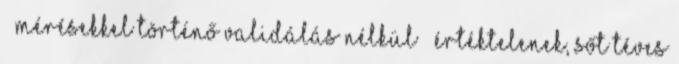
– mérésekkel történő validálás nélkül – értéktelenek, sőt téves